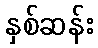
နှစ်ဆန်း